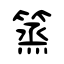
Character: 篜